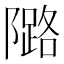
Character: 𱀺